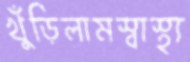
খুঁড়িলামস্বাস্থ্য